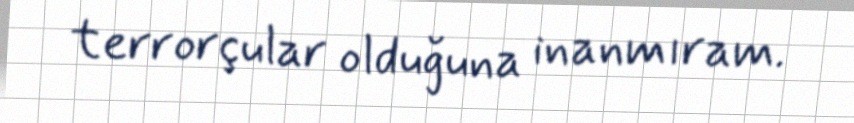
terrorçular olduğuna inanmıram.